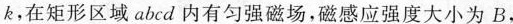
k，在矩形区域abcd内有匀强磁场，磁感应强度大小为B，